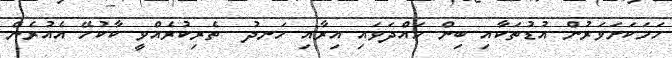
ހަމަކަށަވަރުން އުޑުތަކާއި ބިން ހައްދަވައި އިރާއި ހަނދު  ތެރިކުރެއްވީ ކާކުހޭ އެއުރެން